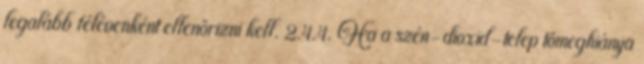
legalább félévenként ellenõrizni kell. 2.4.4. Ha a szén-dioxid-telep tömeghiánya